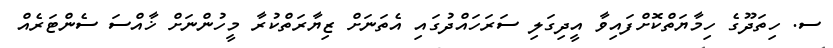
ސ. ހިތަދޫގެ ހިމާޔަތްކޮށްފައިވާ އީދިގަލި ސަރަހައްދުގައި އެތަނަށް ޒިޔާރަތްކުރާ މީހުންނަށް ޚާއްސަ ސެންޓަރެއް